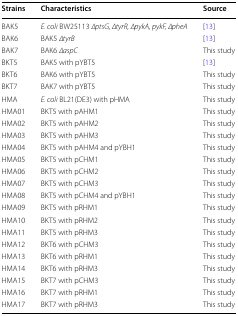
| Strains | Characteristics | Source |
 | --- | --- | --- |
 | BAK5 | E. coli BW25113 ∆ptsG, ∆tyrR, ∆pykA, pykF, ∆pheA | [13] |
 | BAK6 | BAK5 ∆tyrB | [13] |
 | BAK7 | BAK6 ∆aspC | This study |
 | BKT5 | BAK5 with pYBT5 | [13] |
 | BKT6 | BAK6 with pYBT5 | This study |
 | BKT7 | BAK7 with pYBT5 | This study |
 | HMA | E. coli BL21(DE3) with pHMA | This study |
 | HMA01 | BKT5 with pAHM1 | This study |
 | HMA02 | BKT5 with pAHM2 | This study |
 | HMA03 | BKT5 with pAHM3 | This study |
 | HMA04 | BKT5 with pAHM4 and pYBH1 | This study |
 | HMA05 | BKT5 with pCHM1 | This study |
 | HMA06 | BKT5 with pCHM2 | This study |
 | HMA07 | BKT5 with pCHM3 | This study |
 | HMA08 | BKT5 with pCHM4 and pYBH1 | This study |
 | HMA09 | BKT5 with pRHM1 | This study |
 | HMA10 | BKT5 with pRHM2 | This study |
 | HMA11 | BKT5 with pRHM3 | This study |
 | HMA12 | BKT6 with pCHM3 | This study |
 | HMA13 | BKT6 with pRHM1 | This study |
 | HMA14 | BKT6 with pRHM3 | This study |
 | HMA15 | BKT7 with pCHM3 | This study |
 | HMA16 | BKT7 with pRHM1 | This study |
 | HMA17 | BKT7 with pRHM3 | This study |